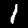
Digit: 1